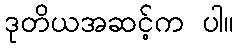
ဒုတိယအဆင့်က ပါ။